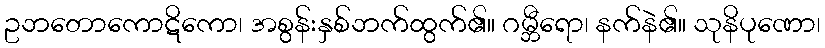
ဥဘတောကောဋိကော၊ အစွန်းနှစ်ဘက်ထွက်၏။ ဂမ္ဘီရော၊ နက်နဲ၏။ သုနိပုဏော၊